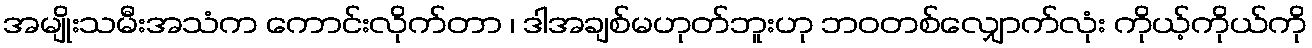
အမျိုးသမီးအသံက ကောင်းလိုက်တာ ၊ ဒါအချစ်မဟုတ်ဘူးဟု ဘဝတစ်လျှောက်လုံး ကိုယ့်ကိုယ်ကို